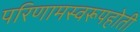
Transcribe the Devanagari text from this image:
परिणामस्वरूपहोती